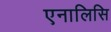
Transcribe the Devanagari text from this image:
एनालिसि